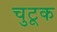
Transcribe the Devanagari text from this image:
चुटूक